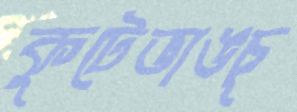
কুটেভাঙচু